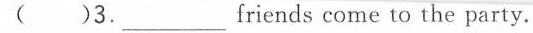
()3. ___ friends come to the party.